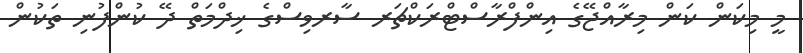
މީ މިކަން ކަން މިރާއްޖޭގެ އިންފްރާސްޓްރަކްޗަރ ސާރވިސްގެ ޚިދްމަތް ދޭ ކުންފުނި ތަކުން